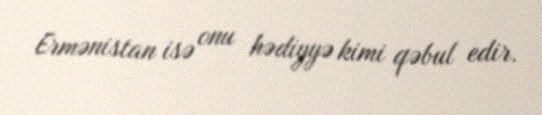
Ermənistan isə onu hədiyyə kimi qəbul edir.